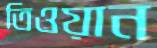
তিওয়ান